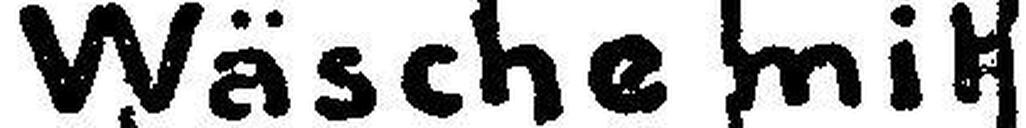
Wäsche mit